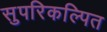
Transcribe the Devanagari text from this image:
सुपरिकल्पित